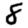
Digit: 8